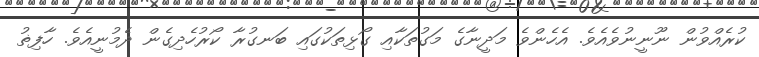
ކުރެއްވުން ނޫނީނުވެއެވެ. އެހެންވެ މަދީނާގެ މަގުތަކާއި ގޯޅިތަކުގައި ބަނގުރާ ކޯރުހެދިގެން ދެމުނީއެވެ. ހާފިޡު